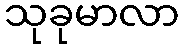
သုခုမာလာ